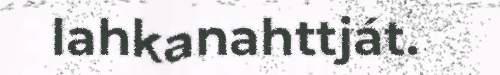
lahkanahttját.